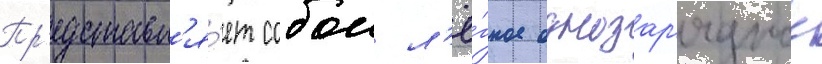
Пр'едставл'я́ет собои л'ё́гкое однозар'ядное